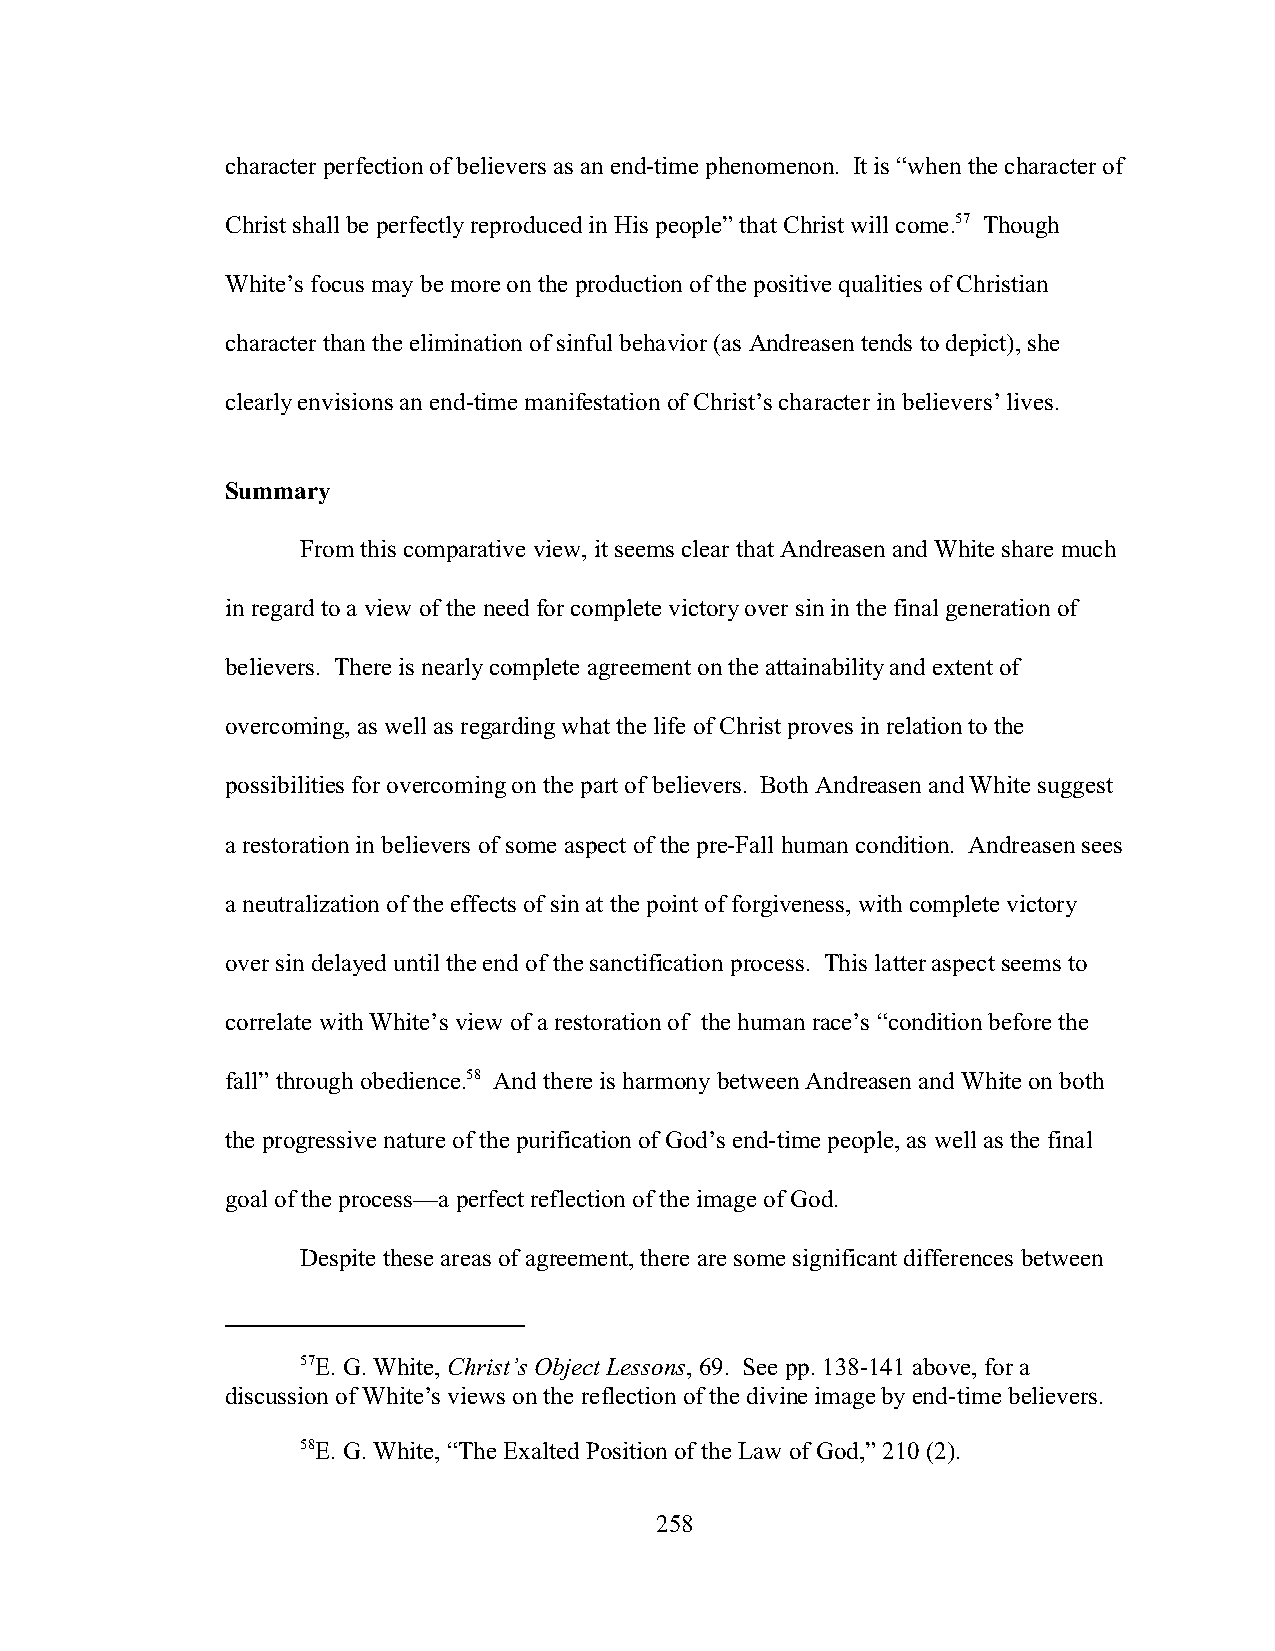
character perfection of believers as an end-time phenomenon. It is “when the character of
 Christ shall be perfectly reproduced in His people” that Christ will come.57 Though
 White’s focus may be more on the production of the positive qualities of Christian
 character than the elimination of sinful behavior (as Andreasen tends to depict), she
 clearly envisions an end-time manifestation of Christ’s character in believers’ lives.
 Summary
 From this comparative view, it seems clear that Andreasen and White share much
 in regard to a view of the need for complete victory over sin in the final generation of
 believers. There is nearly complete agreement on the attainability and extent of
 overcoming, as well as regarding what the life of Christ proves in relation to the
 possibilities for overcoming on the part of believers. Both Andreasen and White suggest
 a restoration in believers of some aspect of the pre-Fall human condition. Andreasen sees
 a neutralization of the effects of sin at the point of forgiveness, with complete victory
 over sin delayed until the end of the sanctification process. This latter aspect seems to
 correlate with White’s view of a restoration of the human race’s “condition before the
 fall” through obedience.58 And there is harmony between Andreasen and White on both
 the progressive nature of the purification of God’s end-time people, as well as the final
 goal of the process—a perfect reflection of the image of God.
 Despite these areas of agreement, there are some significant differences between
 57E. G. White, Christ’s Object Lessons, 69. See pp. 138-141 above, for a
 discussion of White’s views on the reflection of the divine image by end-time believers.
 58E. G. White, “The Exalted Position of the Law of God,” 210 (2).
 258